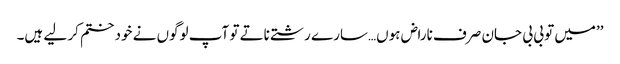
’’میں تو بی بی جان صرف ناراض ہوں…سارے رشتے ناتے تو آپ لوگوں نے خود ختم کر لیے ہیں۔